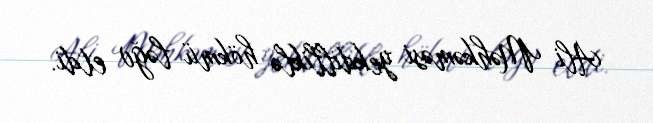
Ali Məhkəməsi yekdilliklə hökmü ləğv etdi.